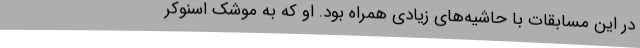
در این مسابقات با حاشیه‌های زیادی همراه بود. او که به موشک اسنوکر